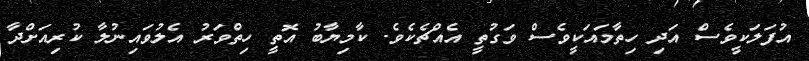
އުފަލަކީވެސް އަދި ހިތާމައަކީވެސް ވަގުތީ އެއްޗެކެވެ. ކާމިޔާބު އޮތީ ހިތްވަރު އެލުވައިނުލާ ކުރިއަށްދާ